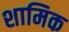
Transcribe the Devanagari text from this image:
शामिक